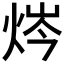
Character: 𰞣